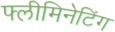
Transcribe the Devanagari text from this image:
फ्लीमिनेटिंग